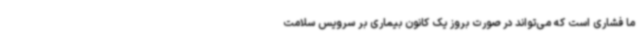
ما فشاری است که می‌تواند در صورت بروز یک کانون بیماری بر سرویس سلامت